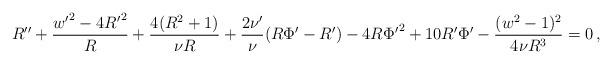
LaTeX: \begin{align*}R'' + \frac{{w'}^2 - 4 {R'}^2}{R} + \frac{4(R^2+1)}{\nu R}+ \frac{2 \nu'}{\nu}(R \Phi' - R') - 4 R {\Phi'}^2 + 10 R' \Phi'- \frac{(w^2-1)^2}{4 \nu R^3} =0\,,\end{align*}